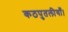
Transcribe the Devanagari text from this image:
कठपुतलीयाँ।